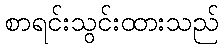
စာရင်းသွင်းထားသည်